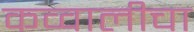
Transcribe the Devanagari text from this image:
कव्वालीचा